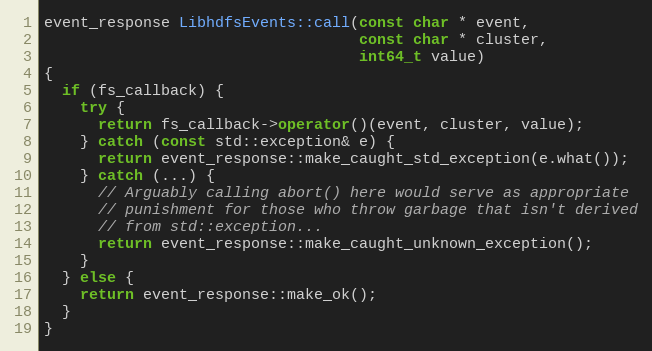
Language: C++
event_response LibhdfsEvents::call(const char * event,
                                   const char * cluster,
                                   int64_t value)
{
  if (fs_callback) {
    try {
      return fs_callback->operator()(event, cluster, value);
    } catch (const std::exception& e) {
      return event_response::make_caught_std_exception(e.what());
    } catch (...) {
      // Arguably calling abort() here would serve as appropriate
      // punishment for those who throw garbage that isn't derived
      // from std::exception...
      return event_response::make_caught_unknown_exception();
    }
  } else {
    return event_response::make_ok();
  }
}